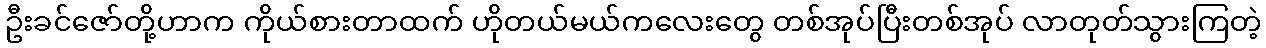
ဦးခင်ဇော်တို့ဟာက ကိုယ်စားတာထက် ဟိုတယ်မယ်ကလေးတွေ တစ်အုပ်ပြီးတစ်အုပ် လာတုတ်သွားကြတဲ့